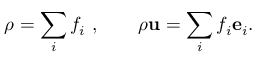
\rho = \sum _ { i } f _ { i } \, \, , \qquad \rho \mathbf { u } = \sum _ { i } f _ { i } \mathbf { e } _ { i } .